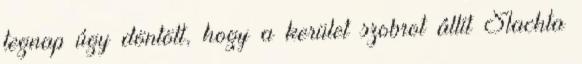
tegnap úgy döntött, hogy a kerület szobrot állít Slachta